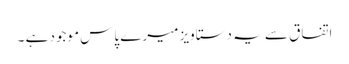
اتفاق سے یہ دستاویز میرے پاس موجود ہے ۔